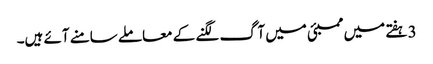
3 ہفتے میں ممبئی میں آگ لگنے کے معاملے سامنے آئے ہیں۔